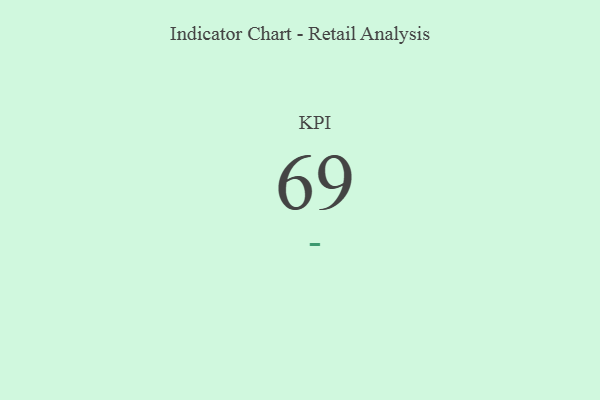
{"axis": {"x": "KPI", "y": "Value"}, "legend": [""], "data": [{"x": "KPI", "y": 69, "type": ""}]}